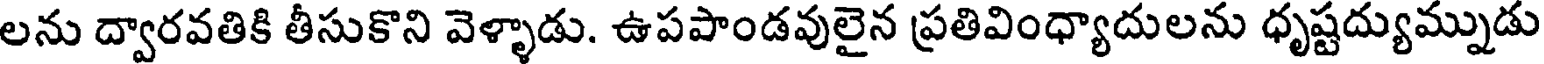
లను ద్వారవతికి తీసుకొని వెళ్ళాడు. ఉపపాండవులైన ప్రతివింధ్యాదులను ధృష్టద్యుమ్నుడు